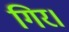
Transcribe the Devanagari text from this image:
गिर।